Black-water fever - Number 35
Disease focus: Fever
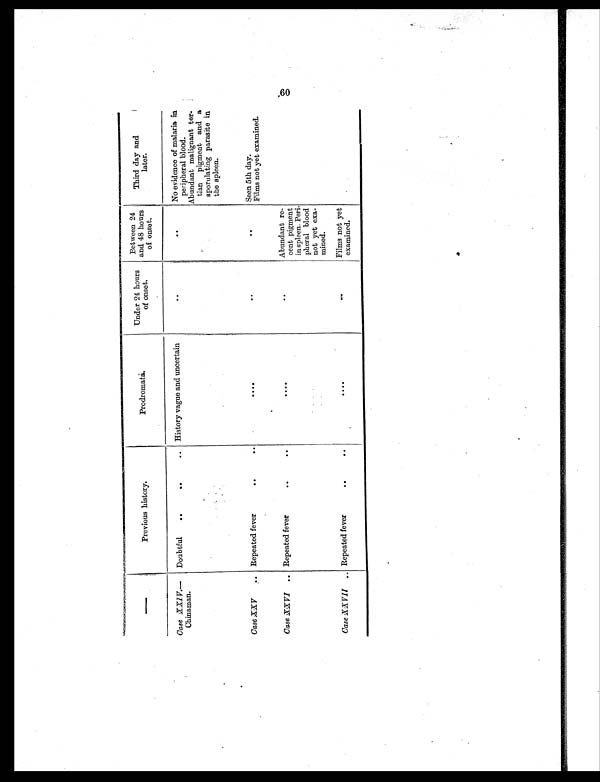
—
Previous history.
Prodromata.
Under 24 hours
of onset.
Between 24
and 48 hours
of onset.
Third day and
later.
Case XXIV.—
Chinaman.
Doubtful
..
..
.. History vague and uncertain
. .
. .
No evidence of malaria in
peripheral blood.
Abundant malignant ter-
tian pigment and a
sporulating parasite in
the spleen.
Case XXV
.. Repeated fever
. .
. .
. . . .
. .
. .
Seen 5th day.
Films not yet examined.
Case XXVI .. Repeated fever
. .
. .
. . . .
..
Abundant re-
cent pigment
in spleen. Peri-
pheral blood
not yet exa-
mined.
Case XXVII .. Repeated fever
. .
. .
. . . .
. .
Films not yet
examined.
60